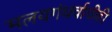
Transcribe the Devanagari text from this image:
मलयगंधर्वाचीही